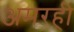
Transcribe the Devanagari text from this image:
अमरही